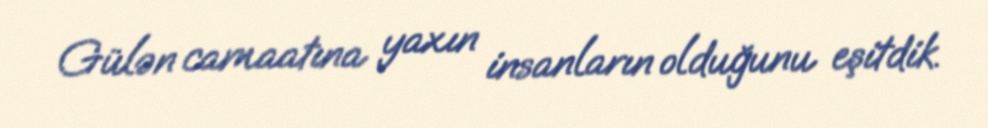
Gülən camaatına yaxın insanların olduğunu eşitdik.